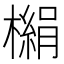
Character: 㯞